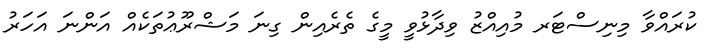
ކުރައްވާ މިނިސްޓަރ މުއިއްޒު ވިދާޅުވީ މީގެ ތެރެއިން ގިނަ މަޝްރޫޢުތަކެއް އަންނަ އަހަރު